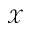
\mathcal { X }